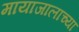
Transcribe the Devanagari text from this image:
मायाजालाच्या